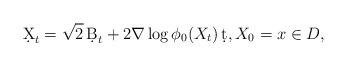
LaTeX: \begin{align*} \d X_t=\sqrt 2\, \d B_t+2\nabla\log\phi_0(X_t)\,\d t,X_0=x\in D, \end{align*}